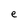
Character: e